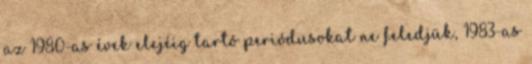
az 1980-as évek elejéig tartó periódusokat ne feledjük, 1983-as